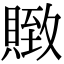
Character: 䞃